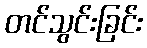
တင်သွင်းခြင်း